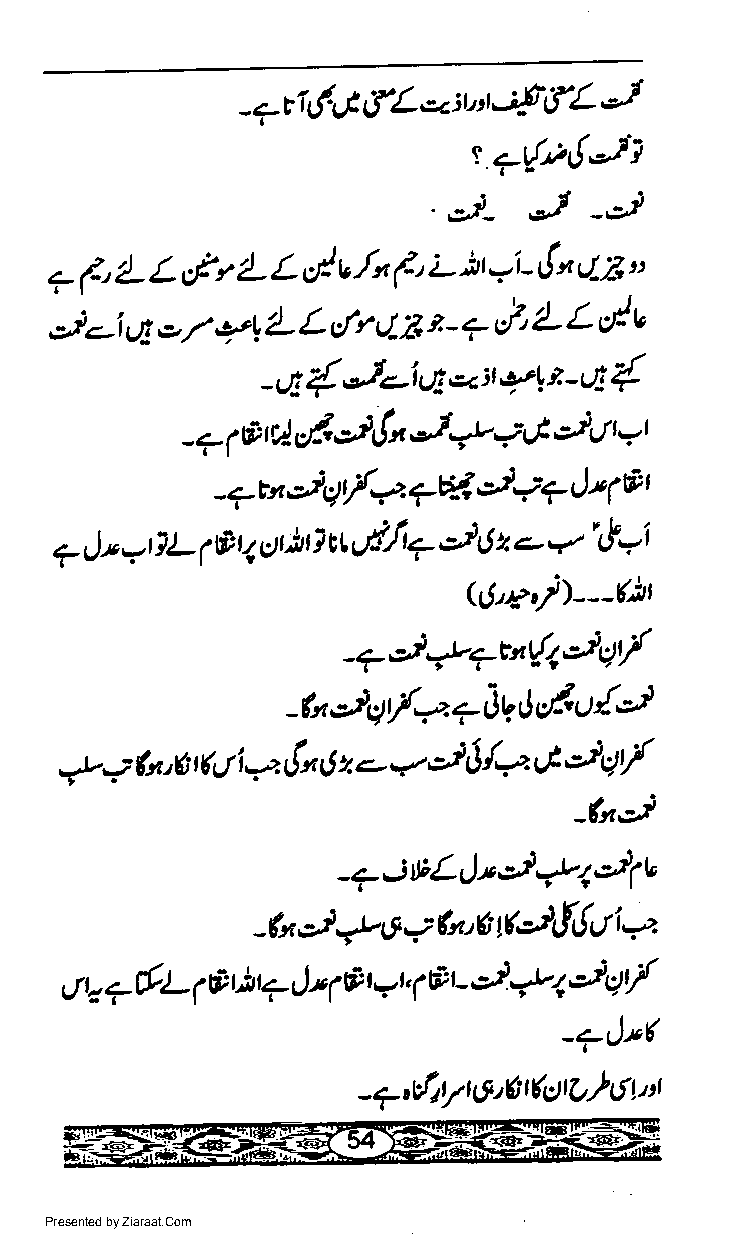
-.rGAtfL.z:uri{fLJ
 t 7t/-"{Jl
 J
 -J
 "j_
 L,f                       {
 7 (, 2L    t /- L ct! u /n (, i- )r *L x r/-)3, v
 t  t,l
 ,z/.-i,4 o 7 c'Y L L clr 4 z t - ?     v
 "h
 -r4{J-iui*:'t'lt-qz{
 4"   J         J
 ;.,J
 -.- 1a'il-,/.     -P       tt' - r
 Jq
 -7 tt,ztc1/e. 7V.     7 | 4 ri' t
 .
 *''li7 J    +'-'" t-i
 7 J' 7BL  a t4tbt I         6 t
 1
 QJ'e,/)---fir
 Tt"ttJE/
 -7J-u,
 -tu,jtlf++i)q,J,f.o{J
 ;                    4   /*   J  qt/
 (a,g (gr i..": tln 6 z - *. rl
 =t-                               _tui
 -7it;LJ*J=ua-!u
 -tuJ2,5,->tu,6$JtIfui*z
 J        c//
 q r" 7frL A b4 J4  rh -r @t   21.2t
 1             1
 -?Jr(
 - 7 dlY U5'6 r (ct r lt ) 6 t "r
 Presented by Ziaraat.Com